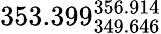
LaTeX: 353.399_{349.646}^{356.914}